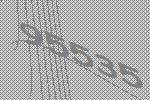
95535